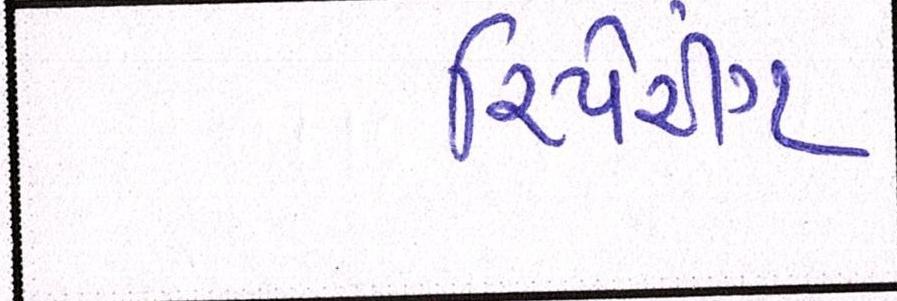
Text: રિપેરીંગ